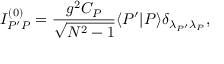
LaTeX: I _ { P ^ { \prime } P } ^ { ( 0 ) } = \frac { g ^ { 2 } C _ { P } } { \sqrt { N ^ { 2 } - 1 } } \langle P ^ { \prime } | P \rangle \delta _ { { \lambda _ { P ^ { \prime } } } { \lambda _ { P } } } ,